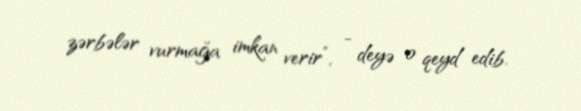
zərbələr vurmağa imkan verir”, - deyə o qeyd edib.